画像に写った文字を読んでください
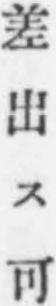
「差出ス可」と書いてあります